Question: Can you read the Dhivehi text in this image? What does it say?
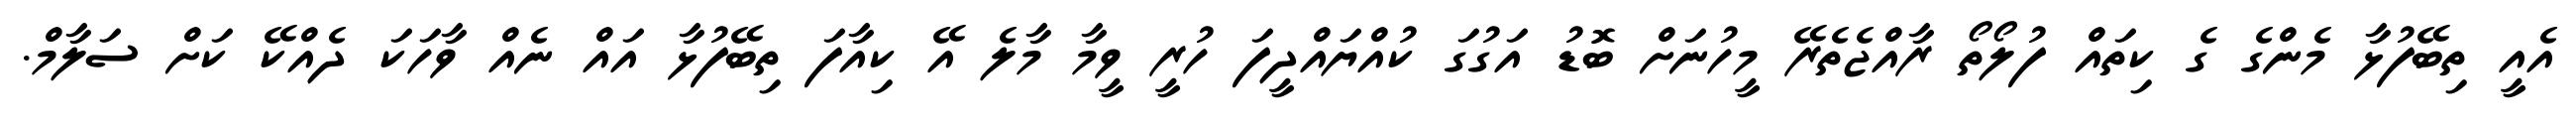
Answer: އެއީ ތިބޭފުޅާ މެންގެ ގެ ކިތައް ފުލޯތޯ ރާއްޖެތެރޭ މީހުނަށް ބޮޑު އަގުގަ ކުއްޔައްދީފަ ހުރީ ވީމާ މާލެ އޭ ކިއާފަ ތިބޭފުޅާ އައް ނެއް ވާހަކަ ދެއްކޭ ކަށް ސަލާމް.